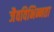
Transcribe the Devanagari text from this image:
जैवविभिन्नता